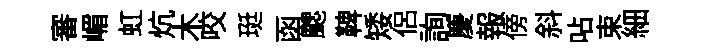
審嵋虹炕木咬珽函颸鞞矮侣詢慶報傍斜呫束細